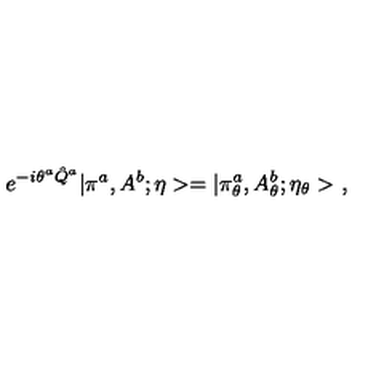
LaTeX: e ^ { - i \theta ^ { a } \hat { Q } ^ { a } } | \pi ^ { a } , A ^ { b } ; \eta > = | \pi _ { \theta } ^ { a } , A _ { \theta } ^ { b } ; \eta _ { \theta } > \ ,